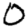
Digit: 0